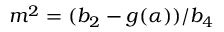
m ^ { 2 } = ( b _ { 2 } - g ( \alpha ) ) / b _ { 4 }